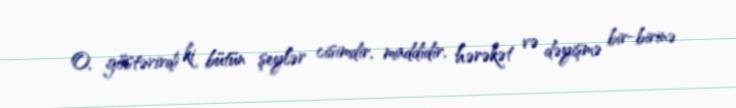
O, göstərirdi ki bütün şeylər cisimdir, maddidir, hərəkət və dəyişmə bir-birinə